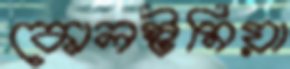
কোলস্টমিয়া